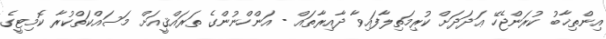
އިންތިޚާބު ކުރަންޖެހޭ ޢަދަދަށް ކުރިމަތިލާފައިވާ ދާއިރާތައް - އަންހްނުންގެ ތަރައްޤީއަށް މަސައްކަތްކުރާ ކޮމިޓީގެ